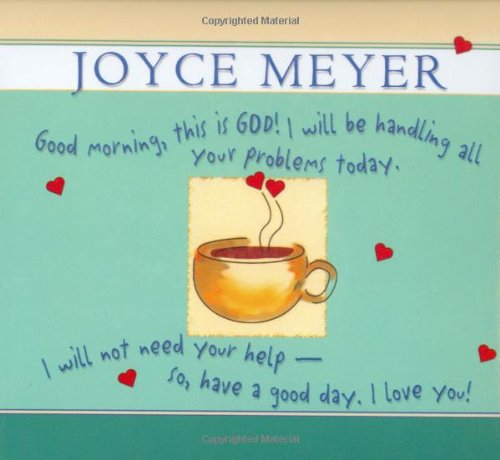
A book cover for Good Morning, This Is God!: I will be Handling all Your Problems Today. I Will Not Need Your Help -- So Have a Good Day. I Love You!; Joyce Meyer; Christian Books & Bibles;